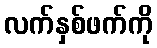
လက်နှစ်ဖက်ကို